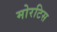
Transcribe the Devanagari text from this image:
मोरटिस